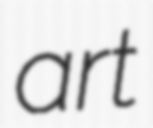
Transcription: art